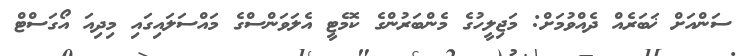
ސަންއަށް ޚަބަރެއް ދެއްވުމަށް: މަޖިލީހުގެ މެންބަރުންގެ ކޮމެޓީ އެލަވަންސްގެ މައްސަލައިގައި މިދިއަ އޯގަސްޓް